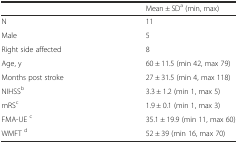
<table><thead><tr><td></td><td><b>Mean ± SD<sup>a</sup> (min, max)</b></td></tr></thead><tbody><tr><td>N</td><td>11</td></tr><tr><td>Male</td><td>5</td></tr><tr><td>Right side affected</td><td>8</td></tr><tr><td>Age, y</td><td>60 ± 11.5 (min 42, max 79)</td></tr><tr><td>Months post stroke</td><td>27 ± 31.5 (min 4, max 118)</td></tr><tr><td>NIHSS<sup>b</sup></td><td>3.3 ± 1.2 (min 1, max 5)</td></tr><tr><td>mRS<sup>c</sup></td><td>1.9 ± 0.1 (min 1, max 3)</td></tr><tr><td>FMA-UE <sup>c</sup></td><td>35.1 ± 19.9 (min 11, max 60)</td></tr><tr><td>WMFT <sup>d</sup></td><td>52 ± 39 (min 16, max 70)</td></tr></tbody></table>